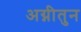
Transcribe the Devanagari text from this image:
अग्नीतुन